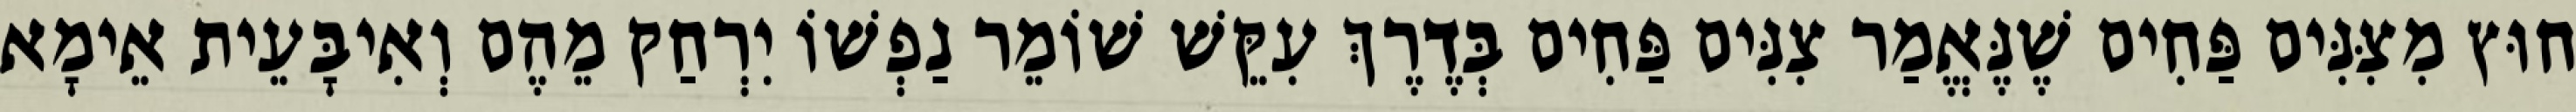
חוּץ מִצִּנִּים פַּחִים שֶׁנֶּאֱמַר צִנִּים פַּחִים בְּדֶרֶךְ עִקֵּשׁ שׁוֹמֵר נַפְשׁוֹ יִרְחַק מֵהֶם וְאִיבָּעֵית אֵימָא